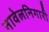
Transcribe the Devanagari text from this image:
नावेलनिगारी